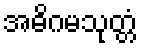
အဓိဂမသုတ္တံ